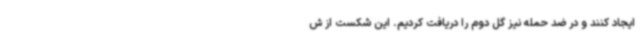
ایجاد کنند و در ضد حمله نیز گل دوم را دریافت کردیم. این شکست از ش